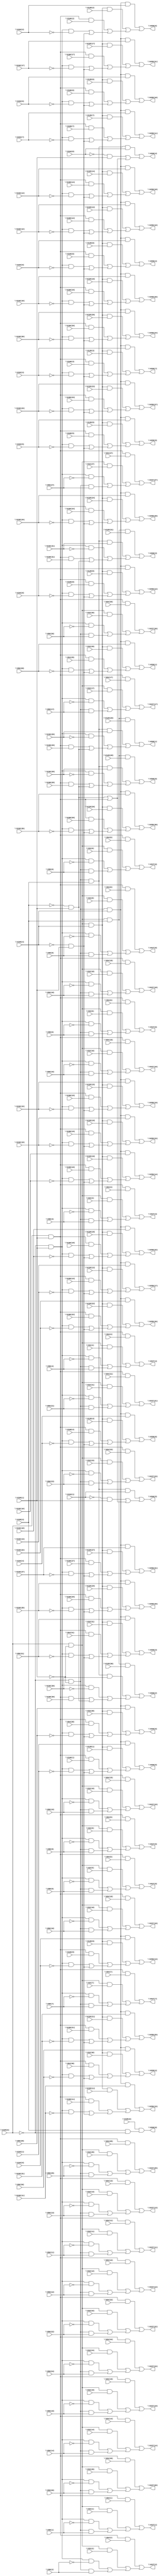
// IWLS benchmark module "i7" printed on Wed May 29 17:26:51 2002
module i7(\V199(1) , \V32(27) , \V199(0) , \V32(26) , \V32(25) , \V32(24) , \V32(23) , \V32(22) , \V32(21) , \V32(20) , \V32(19) , \V32(18) , \V32(17) , \V32(16) , \V32(15) , \V32(14) , \V32(13) , \V32(12) , \V32(11) , \V32(10) , \V32(9) , \V32(8) , \V32(7) , \V32(6) , \V32(5) , \V32(4) , \V32(3) , \V32(2) , \V32(1) , \V32(0) , \V96(27) , \V96(26) , \V96(25) , \V96(24) , \V96(23) , \V96(22) , \V96(21) , \V96(20) , \V96(19) , \V96(18) , \V96(17) , \V96(16) , \V96(15) , \V96(14) , \V96(13) , \V96(12) , \V96(11) , \V96(10) , \V96(9) , \V96(8) , \V96(7) , \V96(6) , \V96(5) , \V96(4) , \V96(3) , \V96(2) , \V96(1) , \V96(0) , \V64(27) , \V64(26) , \V64(25) , \V64(24) , \V64(23) , \V64(22) , \V64(21) , \V64(20) , \V64(19) , \V64(18) , \V64(17) , \V64(16) , \V64(15) , \V64(14) , \V64(13) , \V64(12) , \V64(11) , \V64(10) , \V64(9) , \V64(8) , \V64(7) , \V64(6) , \V64(5) , \V64(4) , \V64(3) , \V64(2) , \V64(1) , \V64(0) , \V128(27) , \V199(4) , \V128(26) , \V128(25) , \V128(24) , \V128(23) , \V128(22) , \V128(21) , \V128(20) , \V128(19) , \V128(18) , \V128(17) , \V128(16) , \V128(15) , \V128(14) , \V128(13) , \V128(12) , \V128(11) , \V128(10) , \V128(9) , \V128(8) , \V128(7) , \V128(6) , \V128(5) , \V128(4) , \V128(3) , \V128(2) , \V128(1) , \V128(0) , \V32(31) , \V32(30) , \V32(29) , \V32(28) , \V192(27) , \V192(26) , \V192(25) , \V192(24) , \V192(23) , \V192(22) , \V192(21) , \V192(20) , \V192(19) , \V192(18) , \V192(17) , \V192(16) , \V192(15) , \V192(14) , \V192(13) , \V192(12) , \V192(11) , \V192(10) , \V192(9) , \V192(8) , \V192(7) , \V192(6) , \V192(5) , \V192(4) , \V192(3) , \V192(2) , \V192(1) , \V192(0) , \V96(31) , \V96(30) , \V96(29) , \V96(28) , \V160(27) , \V160(26) , \V160(25) , \V160(24) , \V160(23) , \V160(22) , \V160(21) , \V160(20) , \V160(19) , \V160(18) , \V160(17) , \V160(16) , \V160(15) , \V160(14) , \V160(13) , \V160(12) , \V160(11) , \V160(10) , \V160(9) , \V160(8) , \V160(7) , \V160(6) , \V160(5) , \V160(4) , \V160(3) , \V160(2) , \V160(1) , \V160(0) , \V64(31) , \V64(30) , \V64(29) , \V64(28) , \V128(31) , \V199(3) , \V128(30) , \V128(29) , \V128(28) , \V195(0) , \V194(1) , \V194(0) , \V192(31) , \V192(30) , \V192(29) , \V192(28) , \V160(31) , \V160(30) , \V160(29) , \V160(28) , \V227(27) , \V227(26) , \V227(25) , \V227(24) , \V227(23) , \V227(22) , \V227(21) , \V227(20) , \V227(19) , \V227(18) , \V227(17) , \V227(16) , \V227(15) , \V227(14) , \V227(13) , \V227(12) , \V227(11) , \V227(10) , \V227(9) , \V227(8) , \V227(7) , \V227(6) , \V227(5) , \V227(4) , \V227(3) , \V227(2) , \V227(1) , \V227(0) , \V259(31) , \V259(30) , \V259(29) , \V259(28) , \V259(27) , \V259(26) , \V259(25) , \V259(24) , \V259(23) , \V259(22) , \V259(21) , \V259(20) , \V259(19) , \V259(18) , \V259(17) , \V259(16) , \V259(15) , \V259(14) , \V259(13) , \V259(12) , \V259(11) , \V259(10) , \V259(9) , \V259(8) , \V259(7) , \V259(6) , \V259(5) , \V259(4) , \V259(3) , \V259(2) , \V259(1) , \V259(0) , \V266(6) , \V266(5) , \V266(4) , \V266(3) , \V266(2) , \V266(1) , \V266(0) );
input
  \V32(30) ,
  \V199(1) ,
  \V199(0) ,
  \V128(21) ,
  \V128(20) ,
  \V192(31) ,
  \V128(23) ,
  \V192(30) ,
  \V128(22) ,
  \V160(3) ,
  \V128(25) ,
  \V160(2) ,
  \V128(24) ,
  \V160(5) ,
  \V128(17) ,
  \V160(4) ,
  \V128(16) ,
  \V128(19) ,
  \V128(18) ,
  \V160(1) ,
  \V160(0) ,
  \V160(7) ,
  \V128(11) ,
  \V160(6) ,
  \V128(10) ,
  \V160(9) ,
  \V128(13) ,
  \V160(8) ,
  \V160(31) ,
  \V128(12) ,
  \V160(30) ,
  \V128(15) ,
  \V128(3) ,
  \V128(14) ,
  \V128(2) ,
  \V128(5) ,
  \V128(4) ,
  \V128(1) ,
  \V128(0) ,
  \V32(0) ,
  \V32(1) ,
  \V32(2) ,
  \V32(3) ,
  \V128(7) ,
  \V32(4) ,
  \V128(6) ,
  \V32(5) ,
  \V128(9) ,
  \V32(6) ,
  \V128(8) ,
  \V32(7) ,
  \V32(8) ,
  \V32(9) ,
  \V96(0) ,
  \V96(1) ,
  \V96(2) ,
  \V96(3) ,
  \V96(4) ,
  \V96(13) ,
  \V96(5) ,
  \V128(31) ,
  \V96(12) ,
  \V96(6) ,
  \V128(30) ,
  \V96(15) ,
  \V96(7) ,
  \V96(14) ,
  \V96(8) ,
  \V96(9) ,
  \V96(11) ,
  \V96(10) ,
  \V96(17) ,
  \V96(16) ,
  \V96(19) ,
  \V96(18) ,
  \V96(23) ,
  \V96(22) ,
  \V64(13) ,
  \V96(25) ,
  \V64(12) ,
  \V96(24) ,
  \V64(15) ,
  \V64(14) ,
  \V192(27) ,
  \V96(21) ,
  \V192(26) ,
  \V96(20) ,
  \V192(29) ,
  \V64(11) ,
  \V192(28) ,
  \V64(10) ,
  \V192(3) ,
  \V192(2) ,
  \V192(5) ,
  \V96(27) ,
  \V192(4) ,
  \V96(26) ,
  \V64(17) ,
  \V96(29) ,
  \V64(16) ,
  \V96(28) ,
  \V192(21) ,
  \V64(19) ,
  \V192(1) ,
  \V192(20) ,
  \V64(18) ,
  \V192(0) ,
  \V192(23) ,
  \V64(23) ,
  \V192(22) ,
  \V64(22) ,
  \V32(13) ,
  \V192(25) ,
  \V64(25) ,
  \V32(12) ,
  \V192(24) ,
  \V64(24) ,
  \V32(15) ,
  \V192(17) ,
  \V192(7) ,
  \V32(14) ,
  \V96(31) ,
  \V192(16) ,
  \V160(27) ,
  \V192(6) ,
  \V96(30) ,
  \V192(19) ,
  \V64(21) ,
  \V160(26) ,
  \V192(9) ,
  \V192(18) ,
  \V64(20) ,
  \V160(29) ,
  \V192(8) ,
  \V32(11) ,
  \V160(28) ,
  \V32(10) ,
  \V194(1) ,
  \V194(0) ,
  \V64(27) ,
  \V64(26) ,
  \V32(17) ,
  \V192(11) ,
  \V64(29) ,
  \V32(16) ,
  \V192(10) ,
  \V64(28) ,
  \V160(21) ,
  \V32(19) ,
  \V192(13) ,
  \V160(20) ,
  \V32(18) ,
  \V192(12) ,
  \V160(23) ,
  \V32(23) ,
  \V64(0) ,
  \V192(15) ,
  \V160(22) ,
  \V195(0) ,
  \V32(22) ,
  \V64(1) ,
  \V192(14) ,
  \V160(25) ,
  \V32(25) ,
  \V64(2) ,
  \V160(24) ,
  \V32(24) ,
  \V64(3) ,
  \V160(17) ,
  \V64(4) ,
  \V64(31) ,
  \V160(16) ,
  \V64(5) ,
  \V64(30) ,
  \V160(19) ,
  \V32(21) ,
  \V64(6) ,
  \V160(18) ,
  \V32(20) ,
  \V64(7) ,
  \V64(8) ,
  \V64(9) ,
  \V32(27) ,
  \V32(26) ,
  \V160(11) ,
  \V32(29) ,
  \V160(10) ,
  \V32(28) ,
  \V160(13) ,
  \V160(12) ,
  \V128(27) ,
  \V160(15) ,
  \V128(26) ,
  \V160(14) ,
  \V128(29) ,
  \V199(3) ,
  \V128(28) ,
  \V32(31) ,
  \V199(4) ;
output
  \V259(27) ,
  \V259(26) ,
  \V259(29) ,
  \V227(3) ,
  \V259(28) ,
  \V227(2) ,
  \V227(5) ,
  \V227(4) ,
  \V227(1) ,
  \V227(0) ,
  \V259(21) ,
  \V259(20) ,
  \V259(23) ,
  \V259(22) ,
  \V259(25) ,
  \V227(7) ,
  \V259(24) ,
  \V227(6) ,
  \V259(17) ,
  \V227(9) ,
  \V259(16) ,
  \V227(8) ,
  \V227(27) ,
  \V259(19) ,
  \V227(26) ,
  \V259(18) ,
  \V259(11) ,
  \V259(10) ,
  \V227(21) ,
  \V259(13) ,
  \V227(20) ,
  \V259(12) ,
  \V227(23) ,
  \V266(3) ,
  \V259(15) ,
  \V227(22) ,
  \V266(2) ,
  \V259(14) ,
  \V227(25) ,
  \V266(5) ,
  \V227(24) ,
  \V266(4) ,
  \V227(17) ,
  \V227(16) ,
  \V227(19) ,
  \V266(1) ,
  \V227(18) ,
  \V266(0) ,
  \V266(6) ,
  \V227(11) ,
  \V227(10) ,
  \V227(13) ,
  \V227(12) ,
  \V227(15) ,
  \V227(14) ,
  \V259(31) ,
  \V259(30) ,
  \V259(3) ,
  \V259(2) ,
  \V259(5) ,
  \V259(4) ,
  \V259(1) ,
  \V259(0) ,
  \V259(7) ,
  \V259(6) ,
  \V259(9) ,
  \V259(8) ;
wire
  \[60] ,
  \[61] ,
  \[62] ,
  \[63] ,
  \[64] ,
  \[65] ,
  \[66] ,
  \[67] ,
  \[68] ,
  \[69] ,
  \[0] ,
  \[1] ,
  \[2] ,
  \[3] ,
  \[4] ,
  \[70] ,
  \[5] ,
  \[71] ,
  \[6] ,
  \[72] ,
  \[7] ,
  \[73] ,
  \[8] ,
  \[74] ,
  \[9] ,
  \[75] ,
  \[10] ,
  \[11] ,
  \[12] ,
  \[13] ,
  \[14] ,
  \[15] ,
  \[16] ,
  \[17] ,
  \[18] ,
  \[19] ,
  \[20] ,
  \[21] ,
  \[22] ,
  \[23] ,
  \[24] ,
  \[25] ,
  \[26] ,
  \[27] ,
  \[28] ,
  \[29] ,
  \[30] ,
  \[31] ,
  \[32] ,
  \[33] ,
  \[34] ,
  V572,
  \[35] ,
  V586,
  \[36] ,
  \[37] ,
  \[38] ,
  \[39] ,
  \[40] ,
  \[41] ,
  \[42] ,
  \[43] ,
  \[44] ,
  \[45] ,
  \[46] ,
  \[47] ,
  \[48] ,
  \[49] ,
  \[50] ,
  \[51] ,
  \[52] ,
  \[53] ,
  \[54] ,
  \[55] ,
  \[56] ,
  \[57] ,
  \[58] ,
  \[59] ;
assign
  \[60]  = \V195(0)  & (\V199(3)  & ~\V199(0) ),
  \[61]  = (\[74]  & \V194(1) ) | ((~\V194(1)  & \V199(1) ) | (\[73]  | V586)),
  \[62]  = (\[74]  & \V194(0) ) | ((~\V194(0)  & \V199(1) ) | (\[73]  | V586)),
  \[63]  = (\[75]  & \V128(31) ) | ((\[74]  & \V192(31) ) | ((\[68]  & ~\V192(31) ) | ((V586 & \V160(31) ) | \[73] ))),
  \[64]  = (\[75]  & \V128(30) ) | ((\[74]  & \V192(30) ) | ((\[68]  & ~\V192(30) ) | ((V586 & \V160(30) ) | \[73] ))),
  \[65]  = (\[75]  & \V128(29) ) | ((\[74]  & \V192(29) ) | ((\[68]  & ~\V192(29) ) | ((V586 & \V160(29) ) | \[73] ))),
  \[66]  = (\[75]  & \V128(28) ) | ((\[74]  & \V192(28) ) | ((\[68]  & ~\V192(28) ) | ((V586 & \V160(28) ) | \[73] ))),
  \[67]  = ~\V199(0)  & ~\V199(1) ,
  \[68]  = ~\V199(0)  & \V199(1) ,
  \[69]  = \V199(0)  & ~\V199(1) ,
  \[0]  = (\[70]  & \V64(27) ) | ((\[69]  & \V32(27) ) | ((\[68]  & ~\V96(27) ) | (\[67]  & \V96(27) ))),
  \[1]  = (\[70]  & \V64(26) ) | ((\[69]  & \V32(26) ) | ((\[68]  & ~\V96(26) ) | (\[67]  & \V96(26) ))),
  \[2]  = (\[70]  & \V64(25) ) | ((\[69]  & \V32(25) ) | ((\[68]  & ~\V96(25) ) | (\[67]  & \V96(25) ))),
  \[3]  = (\[70]  & \V64(24) ) | ((\[69]  & \V32(24) ) | ((\[68]  & ~\V96(24) ) | (\[67]  & \V96(24) ))),
  \[4]  = (\[70]  & \V64(23) ) | ((\[69]  & \V32(23) ) | ((\[68]  & ~\V96(23) ) | (\[67]  & \V96(23) ))),
  \[70]  = \V199(0)  & \V199(1) ,
  \[5]  = (\[70]  & \V64(22) ) | ((\[69]  & \V32(22) ) | ((\[68]  & ~\V96(22) ) | (\[67]  & \V96(22) ))),
  \[71]  = \[69]  & \V199(4) ,
  \[6]  = (\[70]  & \V64(21) ) | ((\[69]  & \V32(21) ) | ((\[68]  & ~\V96(21) ) | (\[67]  & \V96(21) ))),
  \[72]  = \[67]  & \V199(4) ,
  \[7]  = (\[70]  & \V64(20) ) | ((\[69]  & \V32(20) ) | ((\[68]  & ~\V96(20) ) | (\[67]  & \V96(20) ))),
  \[73]  = ~\V199(3)  & \V199(1) ,
  \[8]  = (\[70]  & \V64(19) ) | ((\[69]  & \V32(19) ) | ((\[68]  & ~\V96(19) ) | (\[67]  & \V96(19) ))),
  \[74]  = \[67]  & \V199(3) ,
  \[9]  = (\[70]  & \V64(18) ) | ((\[69]  & \V32(18) ) | ((\[68]  & ~\V96(18) ) | (\[67]  & \V96(18) ))),
  \[75]  = \[69]  & \V199(3) ,
  \V259(27)  = \[32] ,
  \V259(26)  = \[33] ,
  \V259(29)  = \[30] ,
  \V227(3)  = \[24] ,
  \V259(28)  = \[31] ,
  \V227(2)  = \[25] ,
  \V227(5)  = \[22] ,
  \V227(4)  = \[23] ,
  \V227(1)  = \[26] ,
  \V227(0)  = \[27] ,
  \V259(21)  = \[38] ,
  \V259(20)  = \[39] ,
  \V259(23)  = \[36] ,
  \V259(22)  = \[37] ,
  \V259(25)  = \[34] ,
  \V227(7)  = \[20] ,
  \V259(24)  = \[35] ,
  \V227(6)  = \[21] ,
  \V259(17)  = \[42] ,
  \V227(9)  = \[18] ,
  \V259(16)  = \[43] ,
  \V227(8)  = \[19] ,
  \V227(27)  = \[0] ,
  \V259(19)  = \[40] ,
  \V227(26)  = \[1] ,
  \[10]  = (\[70]  & \V64(17) ) | ((\[69]  & \V32(17) ) | ((\[68]  & ~\V96(17) ) | (\[67]  & \V96(17) ))),
  \V259(18)  = \[41] ,
  \[11]  = (\[70]  & \V64(16) ) | ((\[69]  & \V32(16) ) | ((\[68]  & ~\V96(16) ) | (\[67]  & \V96(16) ))),
  \[12]  = (\[70]  & \V64(15) ) | ((\[69]  & \V32(15) ) | ((\[68]  & ~\V96(15) ) | (\[67]  & \V96(15) ))),
  \[13]  = (\[70]  & \V64(14) ) | ((\[69]  & \V32(14) ) | ((\[68]  & ~\V96(14) ) | (\[67]  & \V96(14) ))),
  \[14]  = (\[70]  & \V64(13) ) | ((\[69]  & \V32(13) ) | ((\[68]  & ~\V96(13) ) | (\[67]  & \V96(13) ))),
  \[15]  = (\[70]  & \V64(12) ) | ((\[69]  & \V32(12) ) | ((\[68]  & ~\V96(12) ) | (\[67]  & \V96(12) ))),
  \[16]  = (\[70]  & \V64(11) ) | ((\[69]  & \V32(11) ) | ((\[68]  & ~\V96(11) ) | (\[67]  & \V96(11) ))),
  \[17]  = (\[70]  & \V64(10) ) | ((\[69]  & \V32(10) ) | ((\[68]  & ~\V96(10) ) | (\[67]  & \V96(10) ))),
  \V259(11)  = \[48] ,
  \[18]  = (\[70]  & \V64(9) ) | ((\[69]  & \V32(9) ) | ((\[68]  & ~\V96(9) ) | (\[67]  & \V96(9) ))),
  \V259(10)  = \[49] ,
  \V227(21)  = \[6] ,
  \[19]  = (\[70]  & \V64(8) ) | ((\[69]  & \V32(8) ) | ((\[68]  & ~\V96(8) ) | (\[67]  & \V96(8) ))),
  \V259(13)  = \[46] ,
  \V227(20)  = \[7] ,
  \V259(12)  = \[47] ,
  \V227(23)  = \[4] ,
  \V266(3)  = \[63] ,
  \V259(15)  = \[44] ,
  \V227(22)  = \[5] ,
  \V266(2)  = \[64] ,
  \V259(14)  = \[45] ,
  \V227(25)  = \[2] ,
  \V266(5)  = \[61] ,
  \V227(24)  = \[3] ,
  \V266(4)  = \[62] ,
  \V227(17)  = \[10] ,
  \V227(16)  = \[11] ,
  \[20]  = (\[70]  & \V64(7) ) | ((\[69]  & \V32(7) ) | ((\[68]  & ~\V96(7) ) | (\[67]  & \V96(7) ))),
  \V227(19)  = \[8] ,
  \V266(1)  = \[65] ,
  \[21]  = (\[70]  & \V64(6) ) | ((\[69]  & \V32(6) ) | ((\[68]  & ~\V96(6) ) | (\[67]  & \V96(6) ))),
  \V227(18)  = \[9] ,
  \V266(0)  = \[66] ,
  \[22]  = (\[70]  & \V64(5) ) | ((\[69]  & \V32(5) ) | ((\[68]  & ~\V96(5) ) | (\[67]  & \V96(5) ))),
  \[23]  = (\[70]  & \V64(4) ) | ((\[69]  & \V32(4) ) | ((\[68]  & ~\V96(4) ) | (\[67]  & \V96(4) ))),
  \[24]  = (\[70]  & \V64(3) ) | ((\[69]  & \V32(3) ) | ((\[68]  & ~\V96(3) ) | (\[67]  & \V96(3) ))),
  \[25]  = (\[70]  & \V64(2) ) | ((\[69]  & \V32(2) ) | ((\[68]  & ~\V96(2) ) | (\[67]  & \V96(2) ))),
  \[26]  = (\[70]  & \V64(1) ) | ((\[69]  & \V32(1) ) | ((\[68]  & ~\V96(1) ) | (\[67]  & \V96(1) ))),
  \[27]  = (\[70]  & \V64(0) ) | ((\[69]  & \V32(0) ) | ((\[68]  & ~\V96(0) ) | (\[67]  & \V96(0) ))),
  \V266(6)  = \[60] ,
  \[28]  = (\[72]  & \V192(27) ) | ((\[71]  & \V128(27) ) | ((\[70]  & \V160(27) ) | ((\[68]  & ~\V192(27) ) | V572))),
  \V227(11)  = \[16] ,
  \[29]  = (\[72]  & \V192(26) ) | ((\[71]  & \V128(26) ) | ((\[70]  & \V160(26) ) | ((\[68]  & ~\V192(26) ) | V572))),
  \V227(10)  = \[17] ,
  \V227(13)  = \[14] ,
  \V227(12)  = \[15] ,
  \V227(15)  = \[12] ,
  \V227(14)  = \[13] ,
  \[30]  = (\[72]  & \V192(25) ) | ((\[71]  & \V128(25) ) | ((\[70]  & \V160(25) ) | ((\[68]  & ~\V192(25) ) | V572))),
  \[31]  = (\[72]  & \V192(24) ) | ((\[71]  & \V128(24) ) | ((\[70]  & \V160(24) ) | ((\[68]  & ~\V192(24) ) | V572))),
  \[32]  = (\[72]  & \V192(23) ) | ((\[71]  & \V128(23) ) | ((\[70]  & \V160(23) ) | ((\[68]  & ~\V192(23) ) | V572))),
  \[33]  = (\[72]  & \V192(22) ) | ((\[71]  & \V128(22) ) | ((\[70]  & \V160(22) ) | ((\[68]  & ~\V192(22) ) | V572))),
  \[34]  = (\[72]  & \V192(21) ) | ((\[71]  & \V128(21) ) | ((\[70]  & \V160(21) ) | ((\[68]  & ~\V192(21) ) | V572))),
  V572 = ~\V199(4)  & \V199(1) ,
  \[35]  = (\[72]  & \V192(20) ) | ((\[71]  & \V128(20) ) | ((\[70]  & \V160(20) ) | ((\[68]  & ~\V192(20) ) | V572))),
  V586 = \[70] ,
  \[36]  = (\[72]  & \V192(19) ) | ((\[71]  & \V128(19) ) | ((\[70]  & \V160(19) ) | ((\[68]  & ~\V192(19) ) | V572))),
  \[37]  = (\[72]  & \V192(18) ) | ((\[71]  & \V128(18) ) | ((\[70]  & \V160(18) ) | ((\[68]  & ~\V192(18) ) | V572))),
  \V259(31)  = \[28] ,
  \[38]  = (\[72]  & \V192(17) ) | ((\[71]  & \V128(17) ) | ((\[70]  & \V160(17) ) | ((\[68]  & ~\V192(17) ) | V572))),
  \V259(30)  = \[29] ,
  \[39]  = (\[72]  & \V192(16) ) | ((\[71]  & \V128(16) ) | ((\[70]  & \V160(16) ) | ((\[68]  & ~\V192(16) ) | V572))),
  \[40]  = (\[72]  & \V192(15) ) | ((\[71]  & \V128(15) ) | ((\[70]  & \V160(15) ) | ((\[68]  & ~\V192(15) ) | V572))),
  \[41]  = (\[72]  & \V192(14) ) | ((\[71]  & \V128(14) ) | ((\[70]  & \V160(14) ) | ((\[68]  & ~\V192(14) ) | V572))),
  \[42]  = (\[72]  & \V192(13) ) | ((\[71]  & \V128(13) ) | ((\[70]  & \V160(13) ) | ((\[68]  & ~\V192(13) ) | V572))),
  \[43]  = (\[72]  & \V192(12) ) | ((\[71]  & \V128(12) ) | ((\[70]  & \V160(12) ) | ((\[68]  & ~\V192(12) ) | V572))),
  \[44]  = (\[72]  & \V192(11) ) | ((\[71]  & \V128(11) ) | ((\[70]  & \V160(11) ) | ((\[68]  & ~\V192(11) ) | V572))),
  \V259(3)  = \[56] ,
  \[45]  = (\[72]  & \V192(10) ) | ((\[71]  & \V128(10) ) | ((\[70]  & \V160(10) ) | ((\[68]  & ~\V192(10) ) | V572))),
  \V259(2)  = \[57] ,
  \[46]  = (\[72]  & \V192(9) ) | ((\[71]  & \V128(9) ) | ((\[70]  & \V160(9) ) | ((\[68]  & ~\V192(9) ) | V572))),
  \V259(5)  = \[54] ,
  \[47]  = (\[72]  & \V192(8) ) | ((\[71]  & \V128(8) ) | ((\[70]  & \V160(8) ) | ((\[68]  & ~\V192(8) ) | V572))),
  \V259(4)  = \[55] ,
  \[48]  = (\[72]  & \V192(7) ) | ((\[71]  & \V128(7) ) | ((\[70]  & \V160(7) ) | ((\[68]  & ~\V192(7) ) | V572))),
  \[49]  = (\[72]  & \V192(6) ) | ((\[71]  & \V128(6) ) | ((\[70]  & \V160(6) ) | ((\[68]  & ~\V192(6) ) | V572))),
  \V259(1)  = \[58] ,
  \V259(0)  = \[59] ,
  \[50]  = (\[72]  & \V192(5) ) | ((\[71]  & \V128(5) ) | ((\[70]  & \V160(5) ) | ((\[68]  & ~\V192(5) ) | V572))),
  \V259(7)  = \[52] ,
  \[51]  = (\[72]  & \V192(4) ) | ((\[71]  & \V128(4) ) | ((\[70]  & \V160(4) ) | ((\[68]  & ~\V192(4) ) | V572))),
  \V259(6)  = \[53] ,
  \[52]  = (\[72]  & \V192(3) ) | ((\[71]  & \V128(3) ) | ((\[70]  & \V160(3) ) | ((\[68]  & ~\V192(3) ) | V572))),
  \V259(9)  = \[50] ,
  \[53]  = (\[72]  & \V192(2) ) | ((\[71]  & \V128(2) ) | ((\[70]  & \V160(2) ) | ((\[68]  & ~\V192(2) ) | V572))),
  \V259(8)  = \[51] ,
  \[54]  = (\[72]  & \V192(1) ) | ((\[71]  & \V128(1) ) | ((\[70]  & \V160(1) ) | ((\[68]  & ~\V192(1) ) | V572))),
  \[55]  = (\[72]  & \V192(0) ) | ((\[71]  & \V128(0) ) | ((\[70]  & \V160(0) ) | ((\[68]  & ~\V192(0) ) | V572))),
  \[56]  = (\[72]  & \V96(31) ) | ((\[71]  & \V32(31) ) | ((\[70]  & \V64(31) ) | ((\[68]  & ~\V96(31) ) | V572))),
  \[57]  = (\[72]  & \V96(30) ) | ((\[71]  & \V32(30) ) | ((\[70]  & \V64(30) ) | ((\[68]  & ~\V96(30) ) | V572))),
  \[58]  = (\[72]  & \V96(29) ) | ((\[71]  & \V32(29) ) | ((\[70]  & \V64(29) ) | ((\[68]  & ~\V96(29) ) | V572))),
  \[59]  = (\[72]  & \V96(28) ) | ((\[71]  & \V32(28) ) | ((\[70]  & \V64(28) ) | ((\[68]  & ~\V96(28) ) | V572)));
endmodule